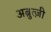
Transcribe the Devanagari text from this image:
अब्रुत्ज़ी